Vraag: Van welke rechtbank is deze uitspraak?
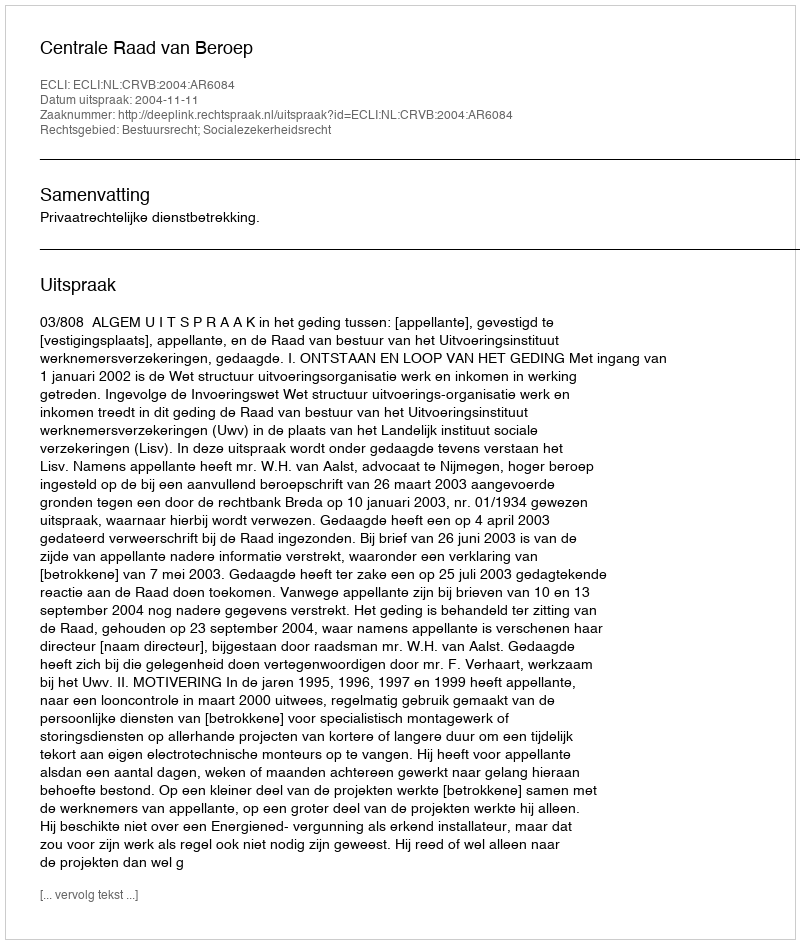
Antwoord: Centrale Raad van Beroep